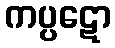
ကပ္ပဋော